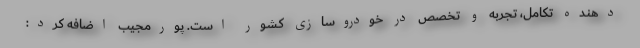
دهنده تکامل، تجربه و تخصص در خودروسازی کشور است. پورمجیب اضافه کرد: